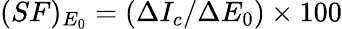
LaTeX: (SF)_{E_{0}}=(\Delta I_{c}/\Delta E_{0})\times 100